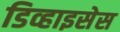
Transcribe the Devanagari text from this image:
डिव्हाइसेस